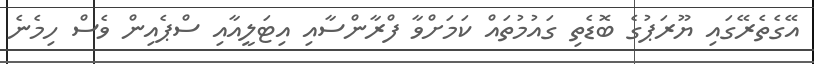
އޭގެތެރޭގައި ޔޫރަޕުގެ ބޮޑެތި ގައުމުތައް ކަމަށްވާ ފްރާންސާއި އިޓަލީއާއި ސްޕެއިން ވެސް ހިމެނެ